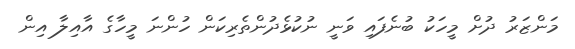
މަންޒަރު ދުށް މީހަކު ބުނެފައި ވަނީ ނުކުޅެދުންތެރިކަން ހުންނަ މީހާގެ އާއިލާ އިން